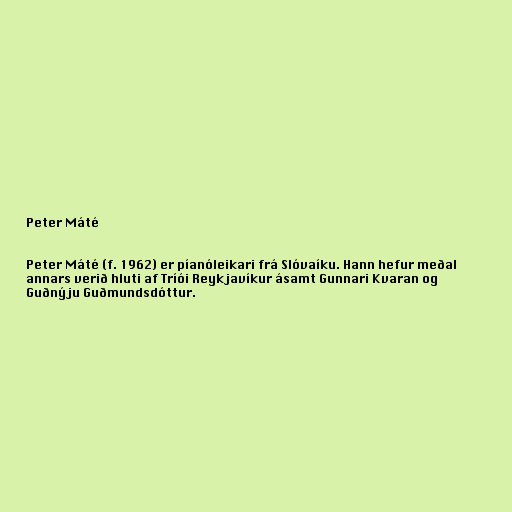
Peter Máté

Peter Máté (f. 1962) er píanóleikari frá Slóvaíku. Hann hefur meðal
annars verið hluti af Tríói Reykjavíkur ásamt Gunnari Kvaran og
Guðnýju Guðmundsdóttur.